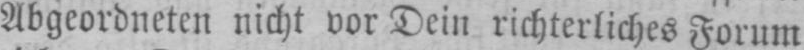
Abgeordneten nicht vor Dein richterliches Forum